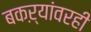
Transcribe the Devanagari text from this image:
बकऱ्यांवरही